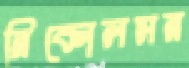
নিকোলসন